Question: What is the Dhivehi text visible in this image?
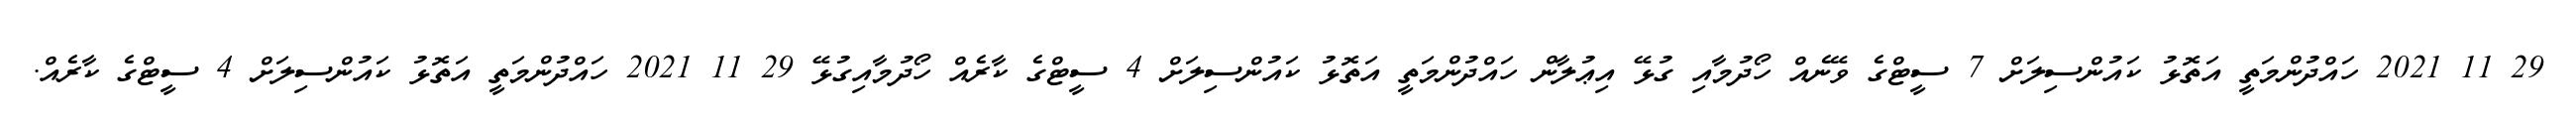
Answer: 29 11 2021 ހައްދުންމަތީ އަތޮޅު ކައުންސިލަށް 7 ސީޓްގެ ވޭނެއް ހޯދުމާއި ގުޅޭ އިޢުލާން ހައްދުންމަތީ އަތޮޅު ކައުންސިލަށް 4 ސީޓްގެ ކާރެއް ހޯދުމާއިގުޅޭ 29 11 2021 ހައްދުންމަތީ އަތޮޅު ކައުންސިލަށް 4 ސީޓްގެ ކާރެއް.